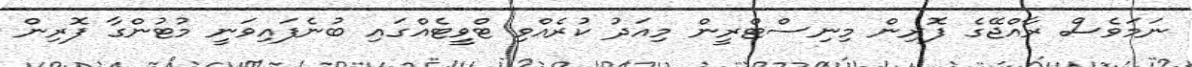
ނަމަވެސް ރާއްޖޭގެ ފޮރިން މިނިސްޓްރީން މިއަދު ކުރެއްވި ޓްވީޓެއްގައި ބުނެފައިވަނީ މުޓުންގާ ފޮރިން